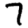
Digit: 7